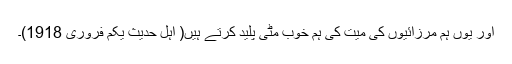
اور یوں ہم مرزائیوں کی میت کی ہم خوب مٹی پلید کرتے ہیں( اہل حدیث یکم فروری 1918)۔